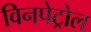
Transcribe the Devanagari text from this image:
विनपेट्रोल